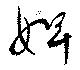
婢